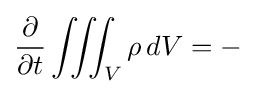
{\frac {\partial }{\partial t}}\iiint _{V}\rho \,dV=-\,{}